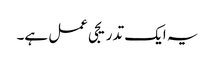
یہ ایک تدریجی عمل ہے۔